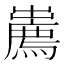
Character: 𢋱